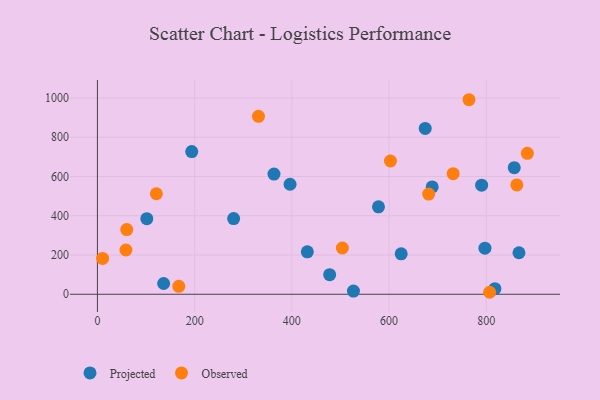
{"axis": {"x": "Investment", "y": "Exam Score"}, "legend": ["Observed", "Projected"], "data": [{"x": "867.2", "y": 211.6, "type": "Projected"}, {"x": "280.2", "y": 385.4, "type": "Projected"}, {"x": "101.6", "y": 385.3, "type": "Projected"}, {"x": "136.2", "y": 54.8, "type": "Projected"}, {"x": "790.4", "y": 556.0, "type": "Projected"}, {"x": "797.2", "y": 234.6, "type": "Projected"}, {"x": "526.7", "y": 16.4, "type": "Projected"}, {"x": "857.5", "y": 644.8, "type": "Projected"}, {"x": "624.9", "y": 206.0, "type": "Projected"}, {"x": "194.0", "y": 726.8, "type": "Projected"}, {"x": "431.8", "y": 216.1, "type": "Projected"}, {"x": "578.2", "y": 445.6, "type": "Projected"}, {"x": "396.3", "y": 560.6, "type": "Projected"}, {"x": "688.7", "y": 547.0, "type": "Projected"}, {"x": "817.7", "y": 28.2, "type": "Projected"}, {"x": "363.2", "y": 612.2, "type": "Projected"}, {"x": "477.8", "y": 99.8, "type": "Projected"}, {"x": "674.3", "y": 845.1, "type": "Projected"}, {"x": "60.3", "y": 329.6, "type": "Observed"}, {"x": "764.4", "y": 991.2, "type": "Observed"}, {"x": "884.5", "y": 717.9, "type": "Observed"}, {"x": "10.7", "y": 182.4, "type": "Observed"}, {"x": "167.4", "y": 40.6, "type": "Observed"}, {"x": "331.3", "y": 906.4, "type": "Observed"}, {"x": "121.3", "y": 512.1, "type": "Observed"}, {"x": "602.8", "y": 679.1, "type": "Observed"}, {"x": "806.9", "y": 10.1, "type": "Observed"}, {"x": "731.8", "y": 614.3, "type": "Observed"}, {"x": "681.5", "y": 510.4, "type": "Observed"}, {"x": "58.7", "y": 225.6, "type": "Observed"}, {"x": "503.9", "y": 235.8, "type": "Observed"}, {"x": "862.8", "y": 557.3, "type": "Observed"}]}